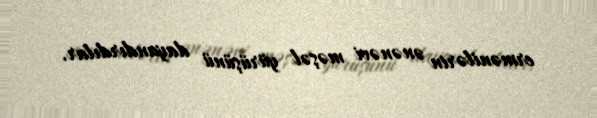
ermənilərin ənənəvi məşəl yürüşünü dayandırdılar.